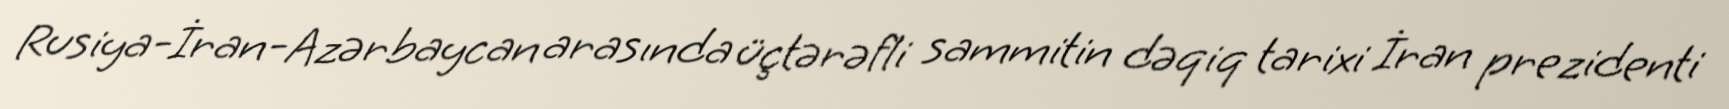
Rusiya-İran-Azərbaycan arasında üçtərəfli sammitin dəqiq tarixi İran prezidenti